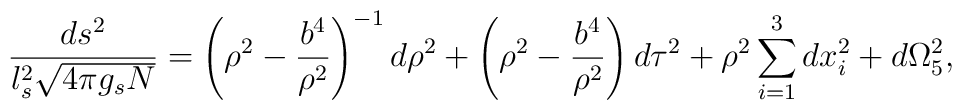
{ds^2 \over l_s^2 \sqrt{4 \pi g_s N}}=\left(\rho^2 - {b^4 \over \rho^2}\right)^{-1} d\rho^2 +\left(\rho^2 - {b^4 \over \rho^2}\right) d \tau^2 + \rho^2\sum_{i=1}^3 dx_i^2 + d\Omega_5^2,